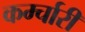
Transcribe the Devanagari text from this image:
कर्म्चारी